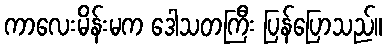
ကာလေးမိန်းမက ဒေါသတကြီး ပြန်ပြောသည်။